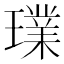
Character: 𤩶